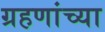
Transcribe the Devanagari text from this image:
ग्रहणांच्या